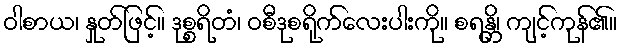
ဝါစာယ၊ နှုတ်ဖြင့်။ ဒုစ္စရိတံ၊ ဝစီဒုစရိုက်လေးပါးကို။ စရန္တိ၊ ကျင့်ကုန်၏။